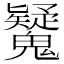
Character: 𩴷